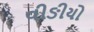
વીઙીયો